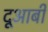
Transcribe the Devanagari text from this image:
दूआबी